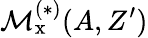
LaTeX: \mathcal{M}_{\textrm{x}}^{(*)}(A,Z^{\prime})